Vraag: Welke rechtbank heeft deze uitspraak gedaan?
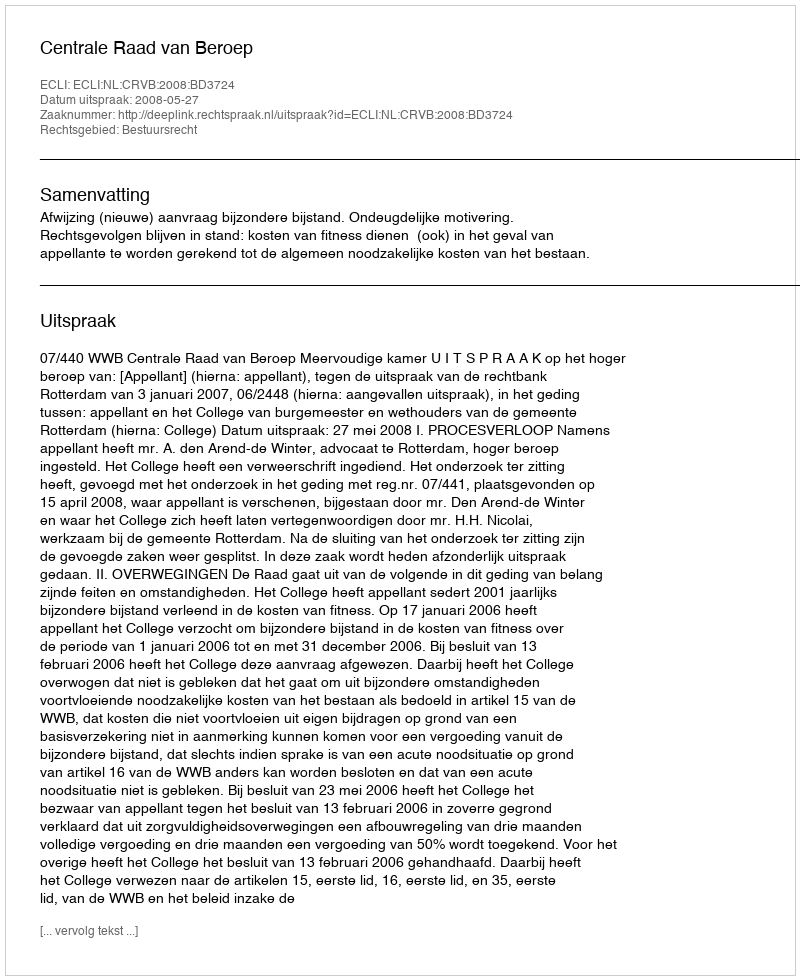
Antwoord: Centrale Raad van Beroep